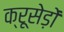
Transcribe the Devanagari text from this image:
क्रूसेड़ों